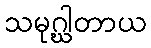
သမုဂ္ဃါတာယ